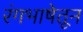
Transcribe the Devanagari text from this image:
रंगभाषेतून